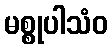
မစ္စုပါသံဝ